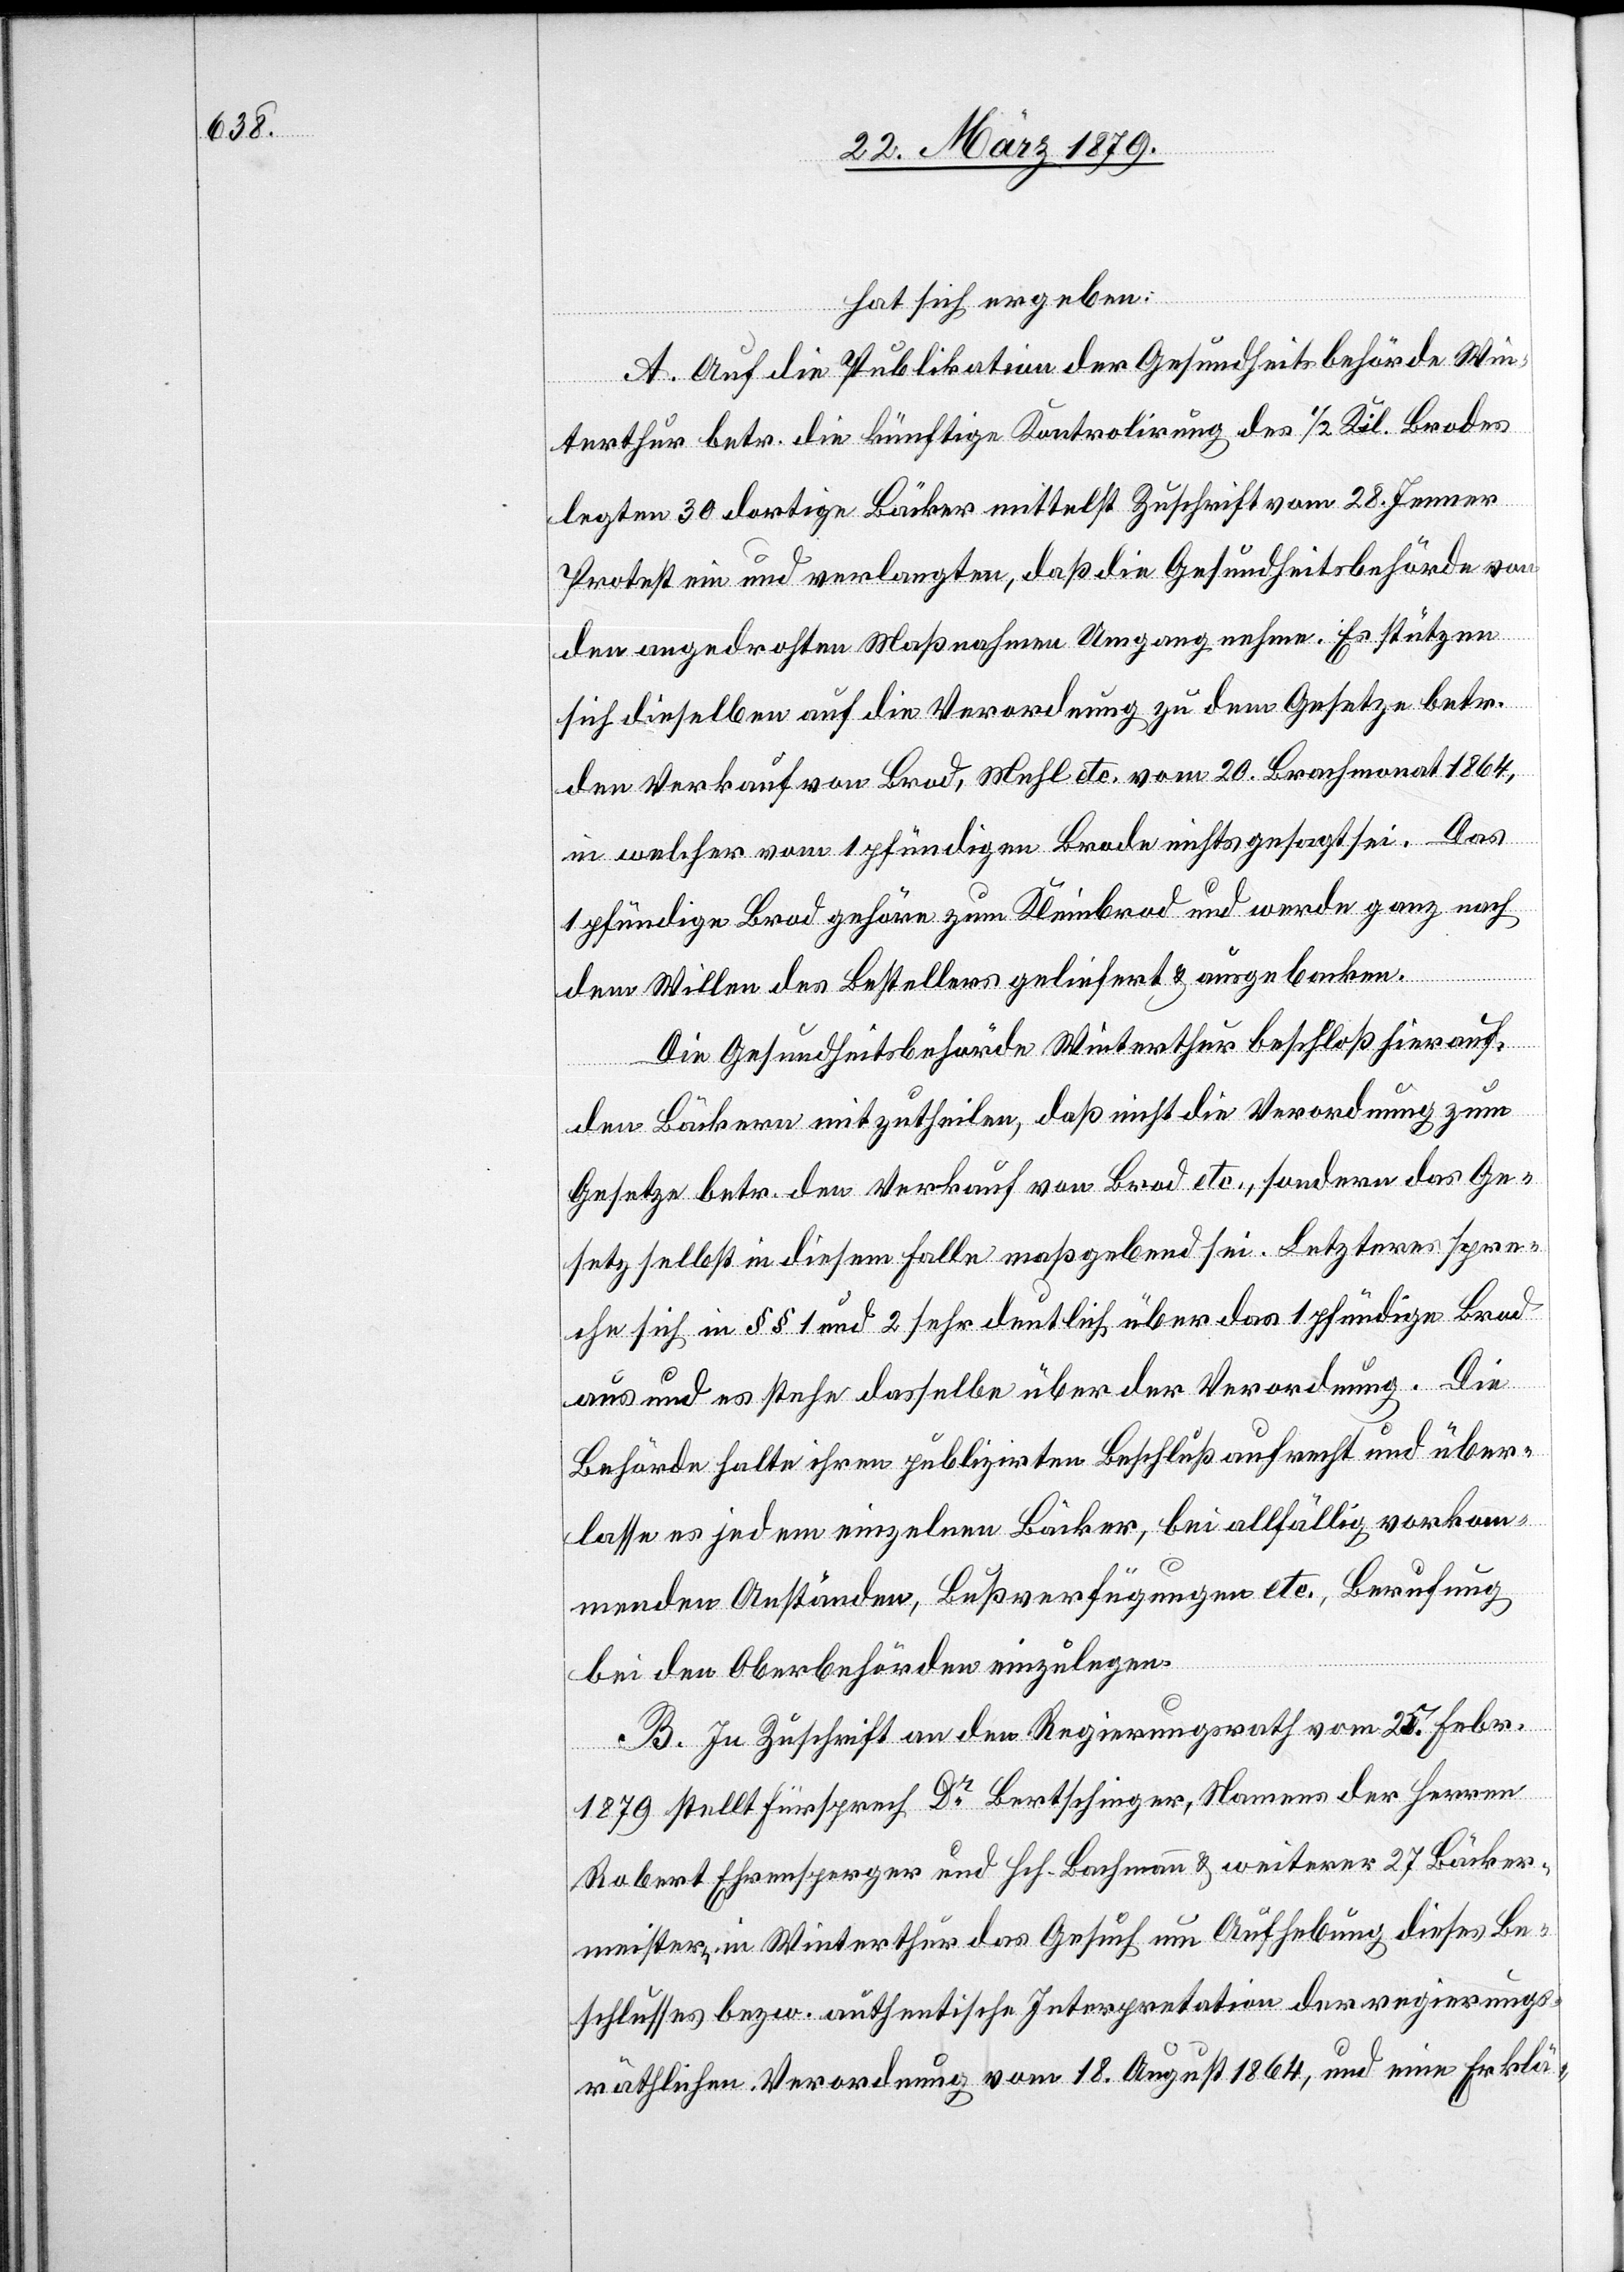
hat sich ergeben:
A. Auf die Publikation der Gesundheitsbehörde Win¬
terthur betr. die künftige Kontrolirung des 1/2 Kil. Brodes
legten 30 dortige Bäcker mittelst Zuschrift vom 28. Jenner
Protest ein und verlangten, daß die Gesundheitsbehörde von
den angedrohten Maßnahmen Umgang nehme. Es stützen
sich dieselben auf die Verordnung zu dem Gesetze betr.
den Verkauf von Brod, Mehl etc. vom 20. Brachmonat 1864,
in welcher vom 1 pfündigen Brode nichts gesagt sei. Das
1 pfündige Brod gehöre zum Kleinbrod und werde ganz nach
dem Willen des Bestellers geliefert & ausgebacken.
Die Gesundheitsbehörde Winterthur beschloß hierauf,
den Bäckern mitzutheilen, daß nicht die Verordnung zum
Gesetze betr. den Verkauf von Brod etc., sondern das Ge¬
setz selbst in diesem Falle maßgebend sei. Letzteres spre¬
che sich in §§ 1 und 2 sehr deutlich über das 1 pfündige Brod
aus und es stehe dasselbe über der Verordnung. Die
Behörde halte ihren publizirten Beschluß aufrecht und über¬
lasse es jedem einzelnen Bäcker, bei allfällig vorkom¬
menden Anständen, Bußverfügungen etc., Berufung
bei den Oberbehörden einzulegen.
B. In Zuschrift an den Regierungsrath vom 15. Febr.
1879 stellt Fürsprech Dr Bertschinger, Namens der Herren
Robert Ehrensperger und Hch. Bachmann & weiterer 27 Bäcker¬
meistern in Winterthur das Gesuch um Aufhebung dieses Be¬
schlusses bezw. authentische Interpretation der regierungs¬
räthlichen Verordnung vom 18. August 1864, und eine Erklä-